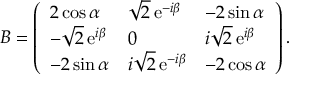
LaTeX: B = \left( \begin{array} { l l l } { { 2 \cos \alpha } } & { { \sqrt { 2 } \, \mathrm { e } ^ { - i \beta } } } & { { - 2 \sin \alpha } } \\ { { - \sqrt { 2 } \, \mathrm { e } ^ { i \beta } } } & { { 0 } } & { { i \sqrt { 2 } \, \mathrm { e } ^ { i \beta } } } \\ { { - 2 \sin \alpha } } & { { i \sqrt { 2 } \, \mathrm { e } ^ { - i \beta } } } & { { - 2 \cos \alpha } } \end{array} \right) .